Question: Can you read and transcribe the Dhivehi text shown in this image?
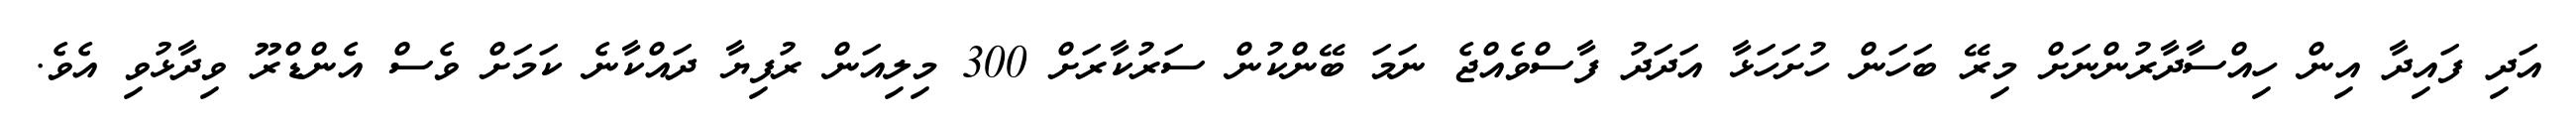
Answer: އަދި ފައިދާ އިން ހިއްސާދާރުންނަށް މިރޭ ބަހަން ހުށަހަޅާ އަދަދު ފާސްވެއްޖެ ނަމަ ބޭންކުން ސަރުކާރަށް 300 މިލިއަން ރުފިޔާ ދައްކާނެ ކަމަށް ވެސް އެންޑްރޫ ވިދާޅުވި އެވެ.